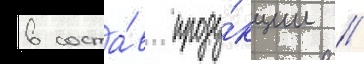
в соста́в проду́кции //